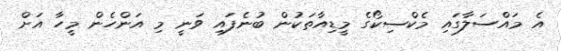
އެ މައްސަލާގައި މެކްސިކޯގެ މީޑިއާތަކުން ބުނެފައި ވަނީ މި އަންހެން މީހާ އަށް